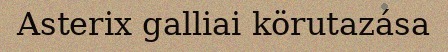
Asterix galliai körutazása